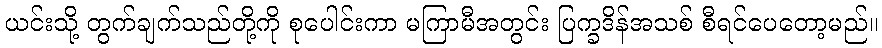
ယင်းသို့ တွက်ချက်သည်တို့ကို စုပေါင်းကာ မကြာမီအတွင်း ပြက္ခဒိန်အသစ် စီရင်ပေတော့မည်။